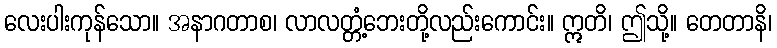
လေးပါးကုန်သော။ အနာဂတာစ၊ လာလတ္တံ့ဘေးတို့လည်းကောင်း။ ဣတိ၊ ဤသို့။ တေတာနိ၊